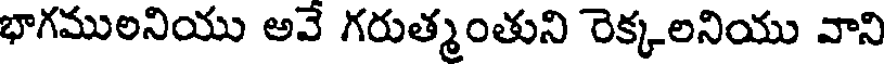
భాగములనియు అవే గరుత్మంతుని రెక్కలనియు వాని